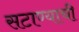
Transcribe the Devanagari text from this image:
सटाण्याची